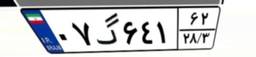
۰۷گ۶۴۱۶۲